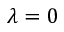
\lambda = 0